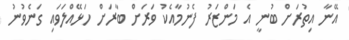
އޭނާ އިތުރަށް ބުނީ އެ މަންޒަރު ފެނުމާއެކު ވަރަށް ބާރަށް ހަޅޭއްލަވައި ގަނެވުނު